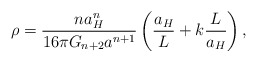
\begin{align*}\rho={{na^n_H}\over{16\pi G_{n+2}a^{n+1}}}\left({a_H\over L}+k{L\over a_H}\right),\end{align*}